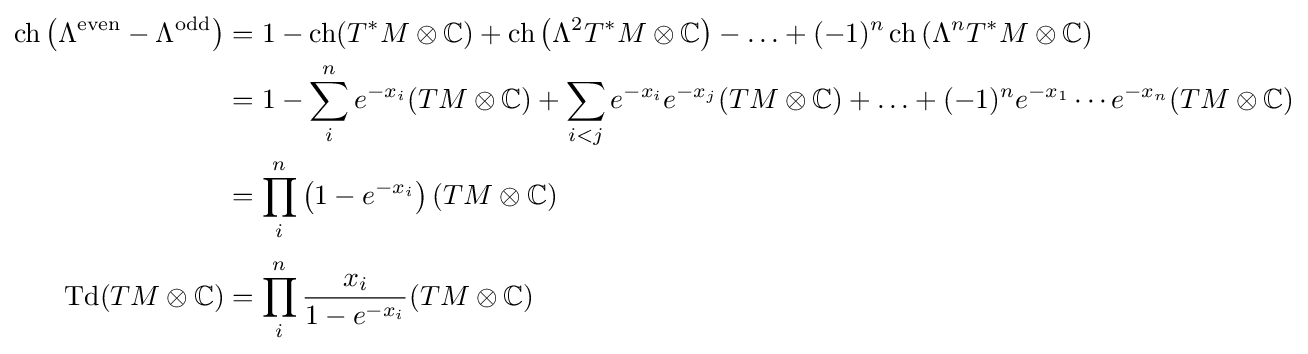
{\begin{aligned}\operatorname {ch} {\mathord {\left(\Lambda ^{\text{even}}-\Lambda ^{\text{odd}}\right)}}&=1-\operatorname {ch} (T^{*}M\otimes \mathbb {C} )+\operatorname {ch} {\mathord {\left(\Lambda ^{2}T^{*}M\otimes \mathbb {C} \right)}}-\ldots +(-1)^{n}\operatorname {ch} {\mathord {\left(\Lambda ^{n}T^{*}M\otimes \mathbb {C} \right)}}\\&=1-\sum _{i}^{n}e^{-x_{i}}(TM\otimes \mathbb {C} )+\sum _{i<j}e^{-x_{i}}e^{-x_{j}}(TM\otimes \mathbb {C} )+\ldots +(-1)^{n}e^{-x_{1}}\dotsm e^{-x_{n}}(TM\otimes \mathbb {C} )\\&=\prod _{i}^{n}\left(1-e^{-x_{i}}\right)(TM\otimes \mathbb {C} )\\[3pt]\operatorname {Td} (TM\otimes \mathbb {C} )&=\prod _{i}^{n}{\frac {x_{i}}{1-e^{-x_{i}}}}(TM\otimes \mathbb {C} )\end{aligned}}